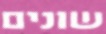
שונים